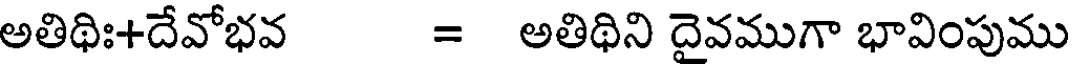
అతిథిః+దేవోభవ = అతిథిని దైవముగా భావింపుము